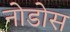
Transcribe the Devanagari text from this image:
नोडोस